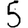
Digit: 5